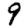
Digit: 9